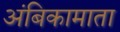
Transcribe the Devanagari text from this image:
अंबिकामाता